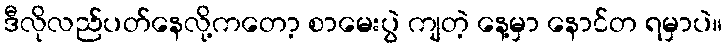
ဒီလိုလည်ပတ်နေလို့ကတော့ စာမေးပွဲ ကျတဲ့ နေ့မှာ နောင်တ ရမှာပဲ။